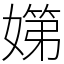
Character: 𡠨